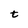
Character: t